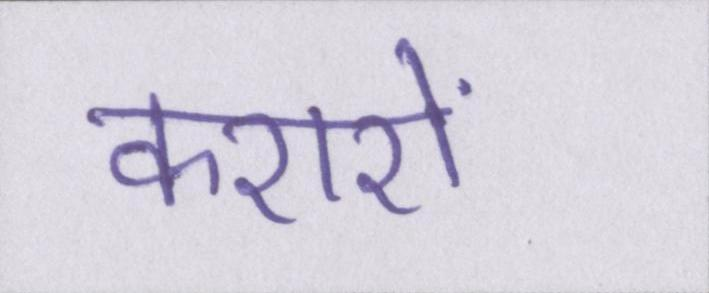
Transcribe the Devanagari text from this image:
करारों